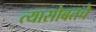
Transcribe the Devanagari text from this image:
त्यासोबतचे